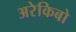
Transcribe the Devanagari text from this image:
अरेकिबो